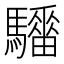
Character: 𱄺